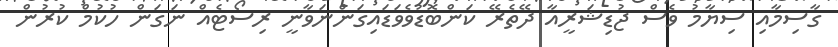
ގާސިމާއި ސިޔާމު ވެސް ޖުޑިޝަރީއާ ދޭތެރޭ ކަންބޮޑުވެވަޑައިގަންނަވާނީ ރިސޯޓެއް ނަގަން ހުކުމް ކުރުން